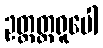
ဥတ္တတ္တရူပေါ